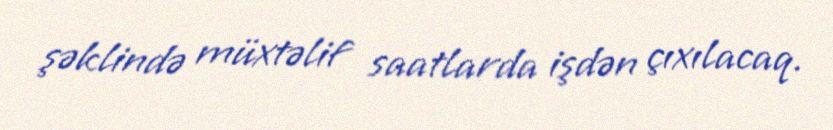
şəklində müxtəlif saatlarda işdən çıxılacaq.